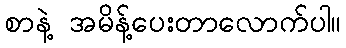
စာနဲ့ အမိန့်ပေးတာလောက်ပါ။